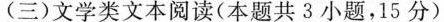
(三)文学类文本阅读(本题共3小题，15分)